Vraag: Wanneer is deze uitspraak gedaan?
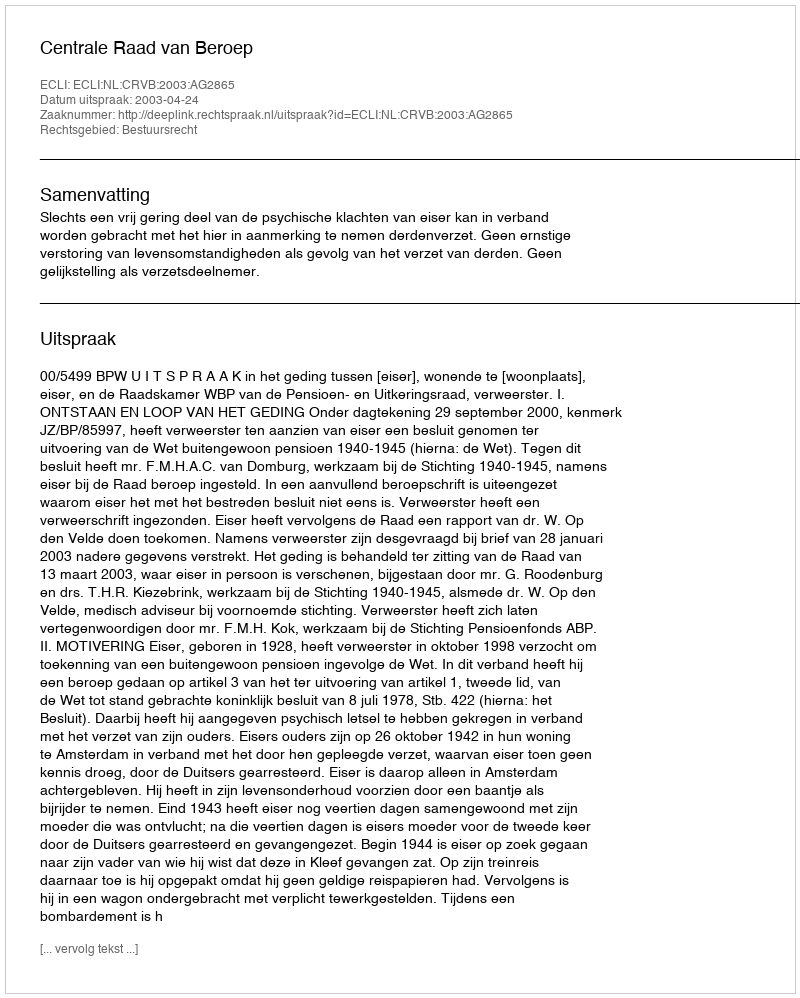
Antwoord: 2003-04-24